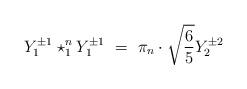
LaTeX: \begin{align*}Y_{1}^{\pm1}\star_{1}^{n}Y_{1}^{\pm1}\ =\ \pi_{n}\cdot\sqrt{\frac{6}{5}}Y_{2}^{\pm2}\end{align*}